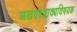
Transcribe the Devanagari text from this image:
अखण्डवाक्यविषयक